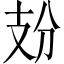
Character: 𢺺